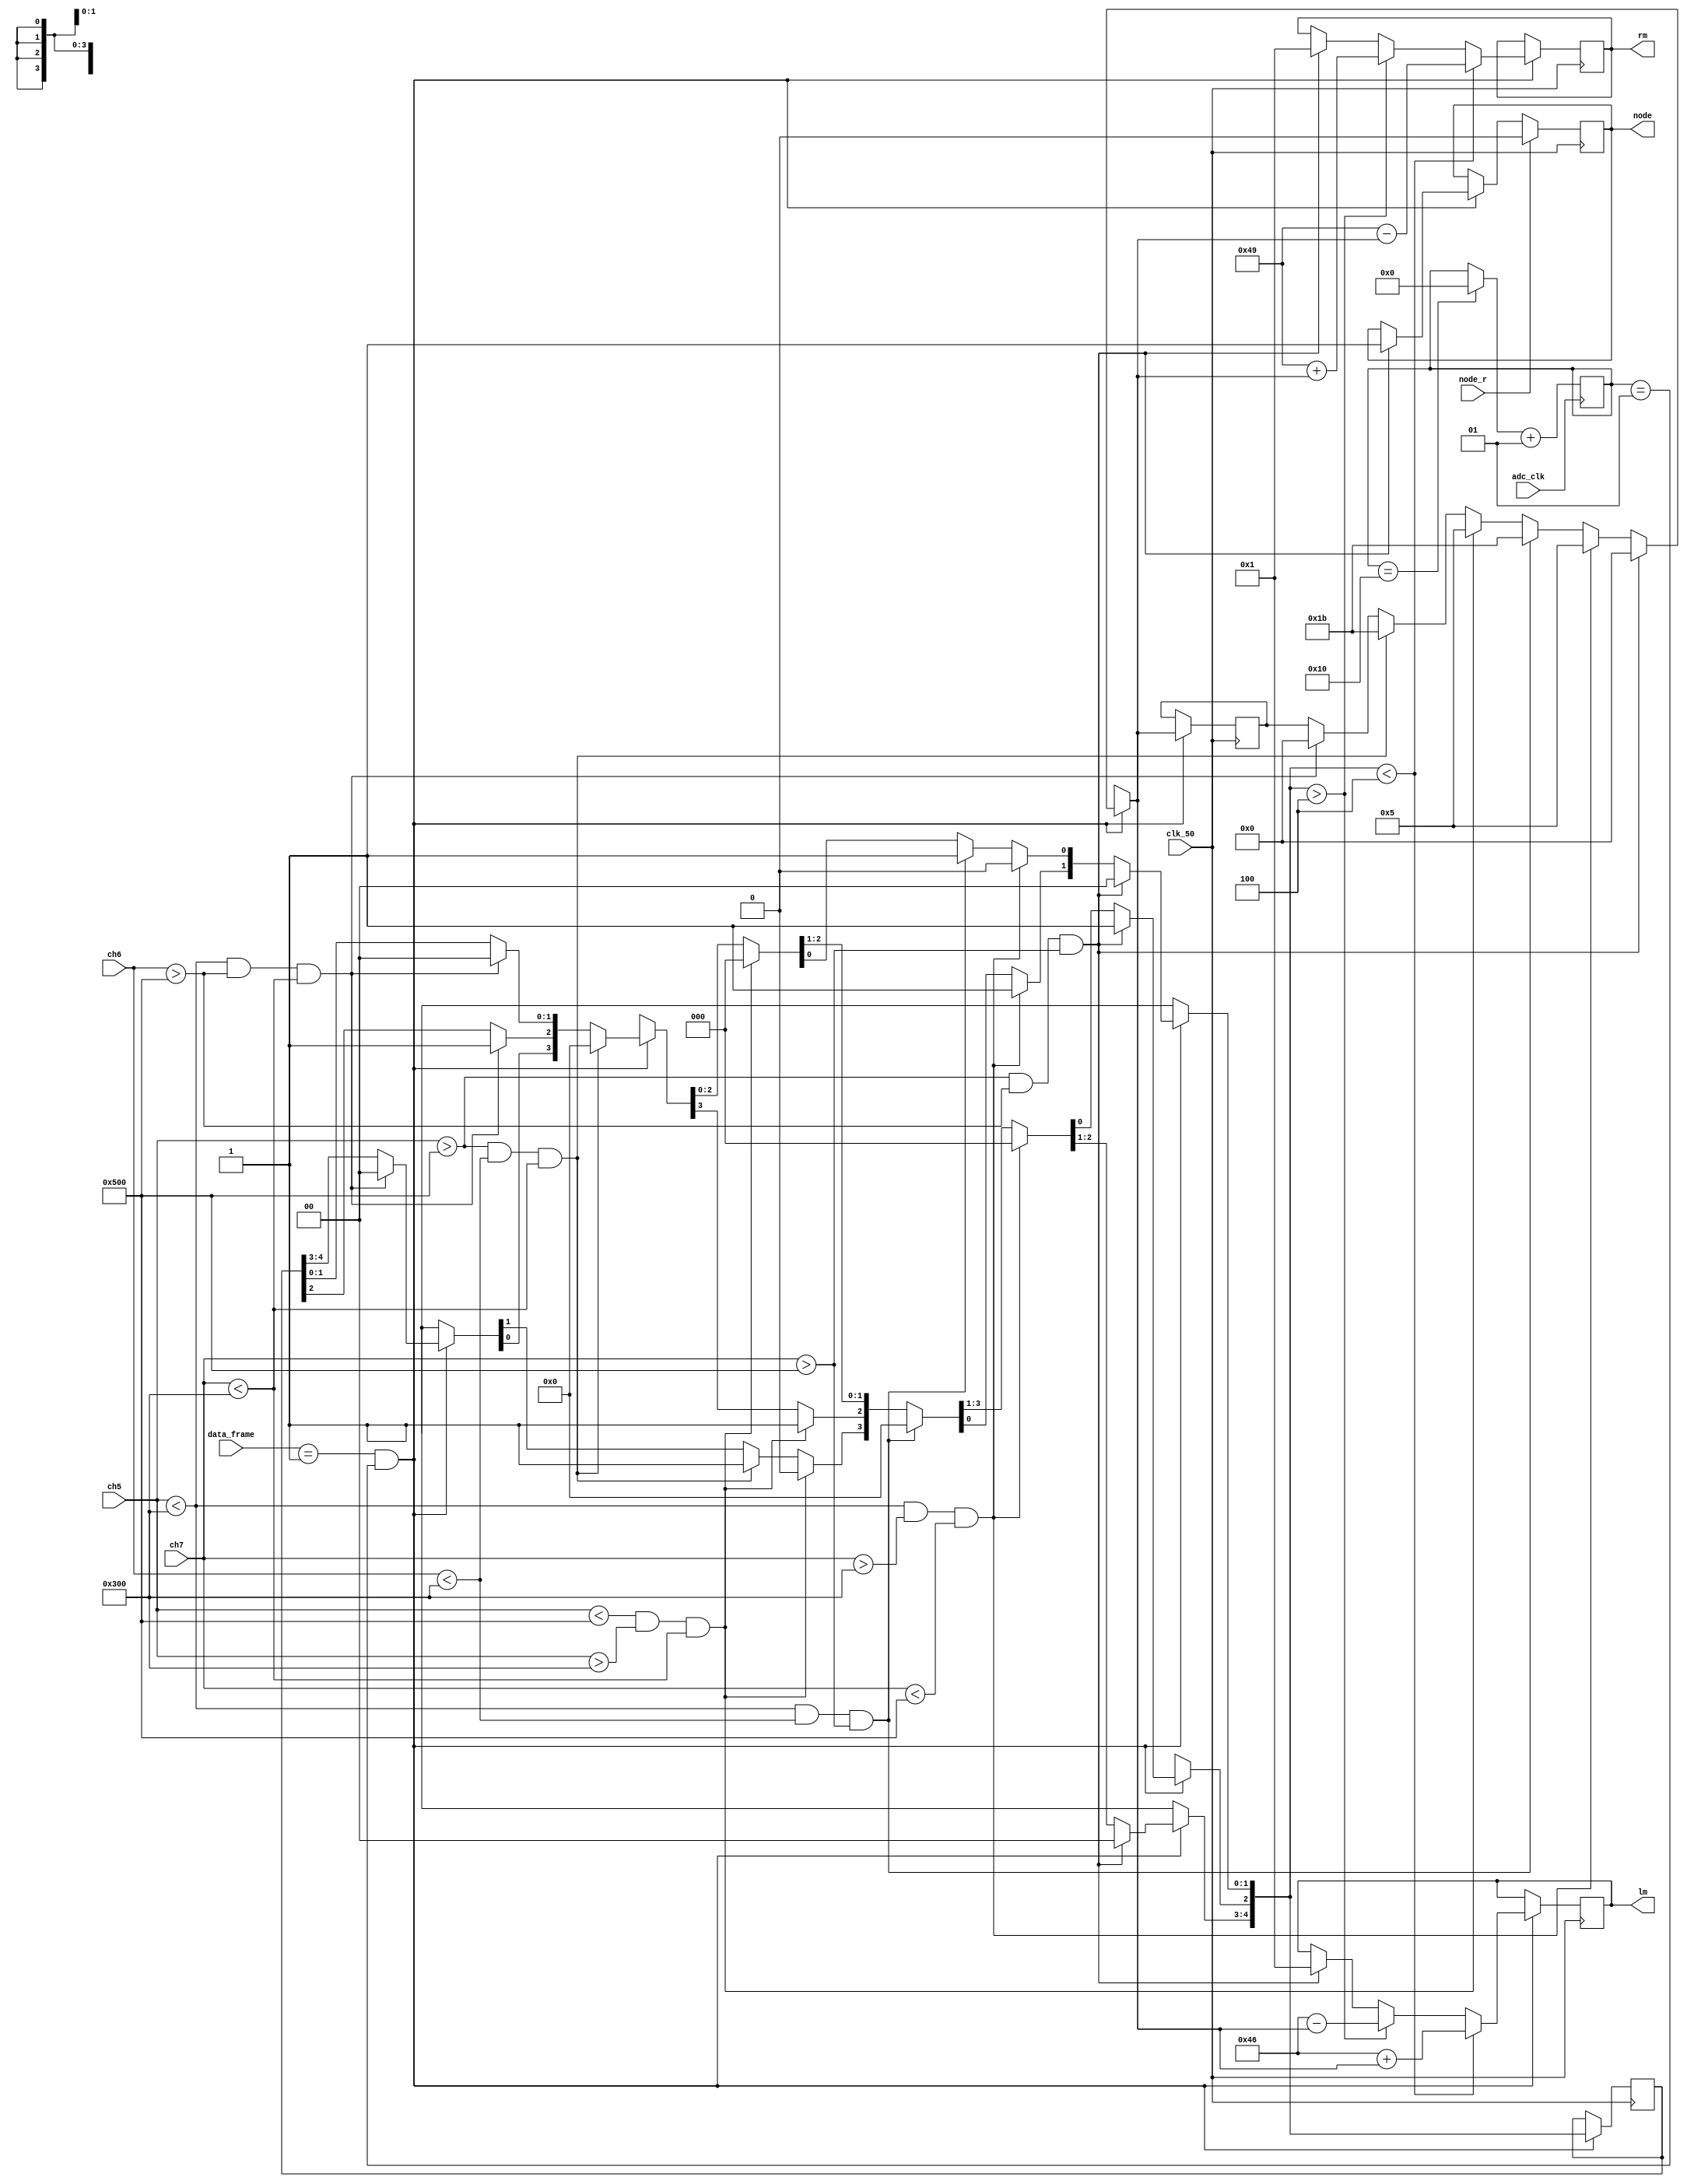
module BLF(input clk_50,
           input [11:0]ch5,
           input [11:0]ch6,
           input [11:0]ch7,
           input adc_clk,node_r,
           input [1:0]data_frame,
           output node,
           output [7:0]lm,rm
    );

integer counter = 0;
reg [7:0]lmr = 0;
reg [7:0]rmr = 0;
reg noder = 0;
reg [4:0]position = 0;
reg [7:0]change = 0;
reg [11:0]w = 768; // 300h
reg [11:0]b = 1280; // 500h
assign lm = lmr;
assign rm = rmr;
assign node = noder;
	 
always@( negedge adc_clk)begin
if(counter == 16)
counter = 0 ;
counter = counter + 1;
end

always @(posedge clk_50) begin

   if(data_frame == 1 && counter == 1) begin
	
	   if(ch5 < w && ch6 > b && ch7 < w) begin // center
		   position = 0;
			position[2] = 1;
			change = 0;
		end
		
	   if(ch5 > b && ch6 < w && ch7 < w) begin // left
		   position = 0;
			position[4] = 1;
			change = 27;
		end
		
		if(ch5 < b && ch5 > w && ch7 < w) begin // between left and center
		   position = 0;
			position[3] = 1;
			change = 5;
		end
		
		if(ch5 < w && ch6 < w && ch7 > b) begin // right
		   position = 0;
			position[0] = 1;
			change = 27;
		end
		
		if(ch5 < w && ch7 > w && ch7 < b) begin // between right and center
		   position = 0;
			position[1] = 1;
			change = 5;
		end
		
		if(ch5 > b && ch6 > b && ch7 > b) begin // node
		   position = 0;
			position[2] = 1;
			lmr = 1;
			rmr = 1;
			noder = 1;
			change = 0;
		end
		
		// assigning speed to the motors
	  if(position < 4) begin
		   lmr = 70 + change;
			rmr = 73 - change;
		end
		else if(position > 4) begin
		   lmr = 70 - change;
			rmr = 73 + change;
		end
		
	end
	
	if(node_r == 1)
	   noder = 0;

end	 
	 
endmodule